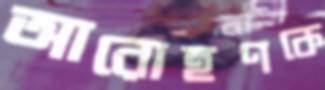
আরোহণকে